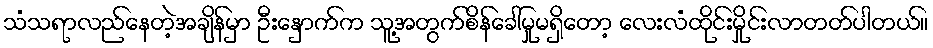
သံသရာလည်နေတဲ့အချိန်မှာ ဦးနှောက်က သူ့အတွက်စိန်ခေါ်မှုမရှိတော့ လေးလံထိုင်းမှိုင်းလာတတ်ပါတယ်။